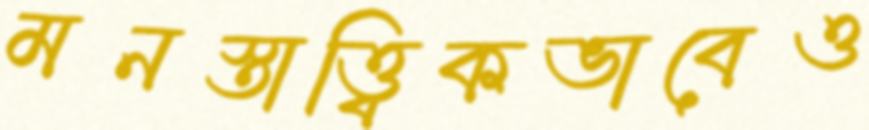
মনস্তাত্ত্বিকভাবেও